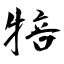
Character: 犃